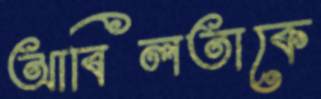
আবিলতাকে